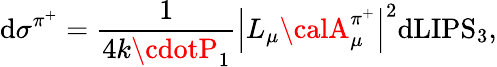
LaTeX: \mathrm{d}\sigma^{\pi^{+}}=\frac{{1}}{{4k\cdotP_{1}}}\left|L_{\mu}{\calA}_{\mu}^{\pi^{+}}\right|^{2}\mathrm{d}\mathrm{{LIPS}}_{3},